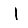
Digit: 1